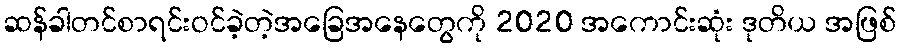
ဆန်ခါတင်စာရင်းဝင်ခဲ့တဲ့အခြေအနေတွေကို 2020 အကောင်းဆုံး ဒုတိယ အဖြစ်